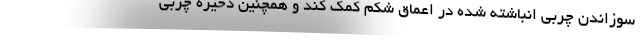
سوزاندن چربی انباشته شده در اعماق شکم کمک کند و همچنین ذخیره چربی